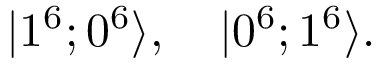
| 1 ^ { 6 } ; 0 ^ { 6 } \rangle , \quad | 0 ^ { 6 } ; 1 ^ { 6 } \rangle .